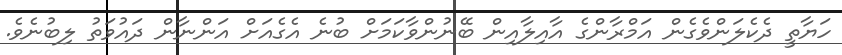
ހަޔާތީ ދެކެލަންވެގެން އަމްރާންގެ އާއިލާއިން ބޭނުންވާކަމަށް ބުނެ އެގެއަށް އަންނާން ދައުވަތު ލިބުނެވެ.